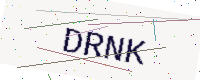
Text: DRNK